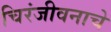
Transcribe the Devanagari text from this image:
चिरंजीवनाचे